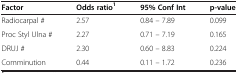
| Factor | Odds ratio1 | 95% Conf Int | p-value |
 | --- | --- | --- | --- |
 | Radiocarpal # | 2.57 | 0.84 – 7.89 | 0.099 |
 | Proc Styl Ulna # | 2.27 | 0.71 – 7.19 | 0.165 |
 | DRUJ # | 2.30 | 0.60 – 8.83 | 0.224 |
 | Comminution | 0.44 | 0.11 – 1.72 | 0.236 |